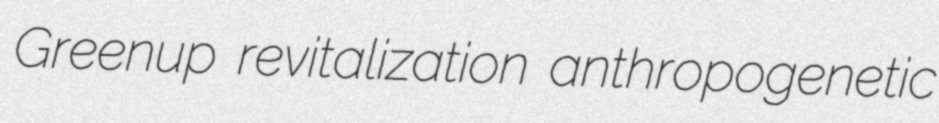
Greenup revitalization anthropogenetic